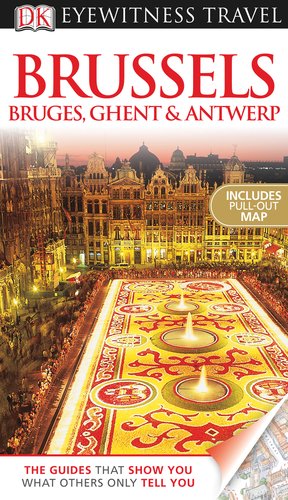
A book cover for Brussels, Bruges, Ghent & Antwerp (EYEWITNESS TRAVEL GUIDE); DK Publishing; Travel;